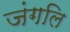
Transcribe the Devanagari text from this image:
जंगलि